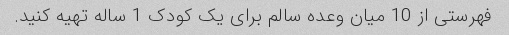
فهرستی از 10 میان وعده سالم برای یک کودک 1 ساله تهیه کنید.